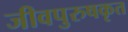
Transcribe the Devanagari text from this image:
जीवपुरुषकृत